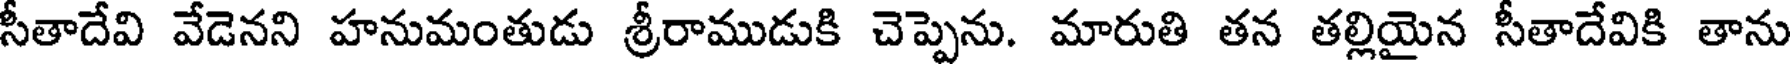
సీతాదేవి వేడెనని హనుమంతుడు శ్రీరాముడుకి చెప్పెను. మారుతి తన తల్లియైన సీతాదేవికి తాను